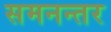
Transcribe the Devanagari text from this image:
समनन्तर